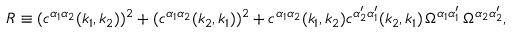
R \equiv ( c ^ { \alpha _ { 1 } \alpha _ { 2 } } ( k _ { 1 } , k _ { 2 } ) ) ^ { 2 } + ( c ^ { \alpha _ { 1 } \alpha _ { 2 } } ( k _ { 2 } , k _ { 1 } ) ) ^ { 2 } + c ^ { \alpha _ { 1 } \alpha _ { 2 } } ( k _ { 1 } , k _ { 2 } ) c ^ { \alpha _ { 2 } ^ { \prime } \alpha _ { 1 } ^ { \prime } } ( k _ { 2 } , k _ { 1 } ) \, \Omega ^ { \alpha _ { 1 } \alpha _ { 1 } ^ { \prime } } \, \Omega ^ { \alpha _ { 2 } \alpha _ { 2 } ^ { \prime } } ,